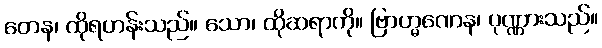
တေန၊ ထိုရဟန်းသည်။ သော၊ ထိုဆရာကို။ ဗြာဟ္မဏေန၊ ပုဏ္ဏားသည်။